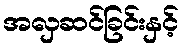
အလှဆင်ခြင်းနှင့်